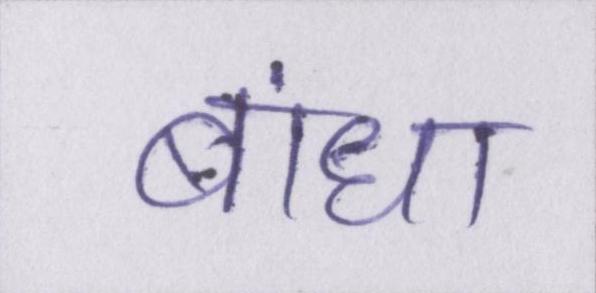
बांधा